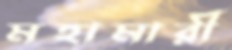
মহামারী